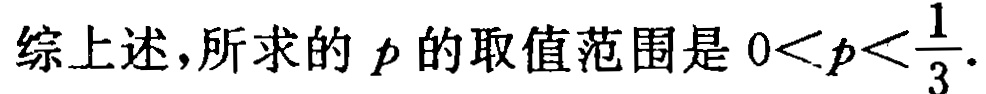
综上述，所求的 \(p\) 的取值范围是 \(0<p<\frac{1}{3}\).